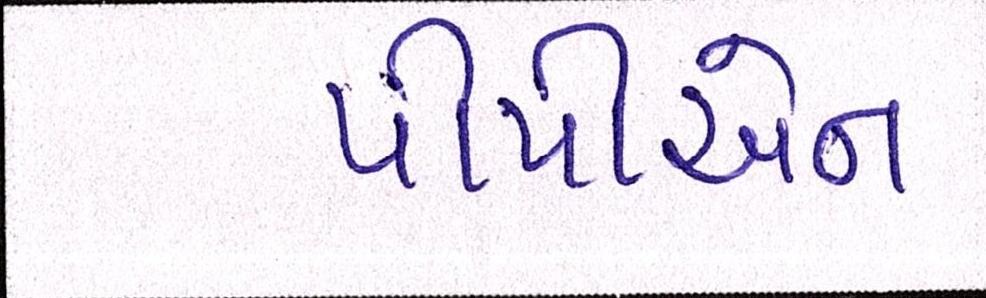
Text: પીપીએન